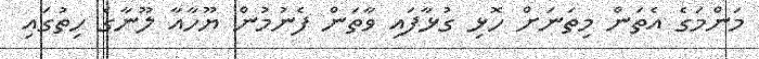
މަންމަގެ އެތަން މިތަނަށް ހޮޅި ގުޅާފައި ވާތަން ފެނުމުން ޔޫހާއާ ލޫނާގެ ހިތުގައި